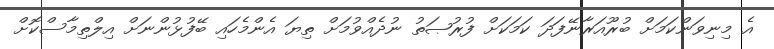
އެ މިނިވަންކަމަށް ބުރޫއަރާނޭފަދަ ކަމަކަށް ފުރުޞަތު ނުދެއްވުމަށް ތިޔަ އެންމެހައި ބޭފުޅުންނަށް އިލްތިމާސްކޮށް